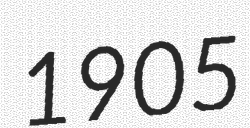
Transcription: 1905